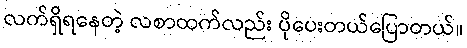
လက်ရှိရနေတဲ့ လစာထက်လည်း ပိုပေးတယ်ပြောတယ်။